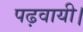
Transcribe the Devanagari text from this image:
पढ़वायी।